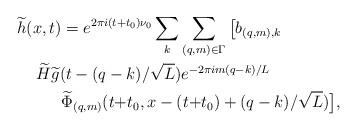
LaTeX: \begin{align*} \widetilde h(x,t) &= e^{2\pi i (t+t_0)\nu_0}\sum_k \sum_{(q,m)\in\Gamma} \big[b_{(q,m),k} \\& \hskip-.25in\widetilde H \widetilde g (t - (q-k)/\sqrt{L}) e^{-2\pi i m(q-k)/L} \\& \widetilde \Phi_{(q,m)}(t{+}t_0,x-(t{+}t_0)+(q-k)/\sqrt{L})\big], \end{align*}